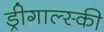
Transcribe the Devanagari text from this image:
ड्रीगाल्स्की